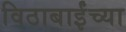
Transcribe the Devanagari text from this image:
विठाबाईंच्या